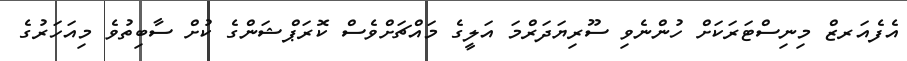
އެފެއަރޒް މިނިސްޓަރަކަށް ހުންނެވި ސޫރިޔަދަރްމަ އަލީގެ މައްޗަށްވެސް ކޮރަޕްޝަންގެ ކުށް ސާބިތުވެ މިއަހަރުގެ